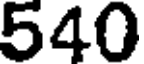
540